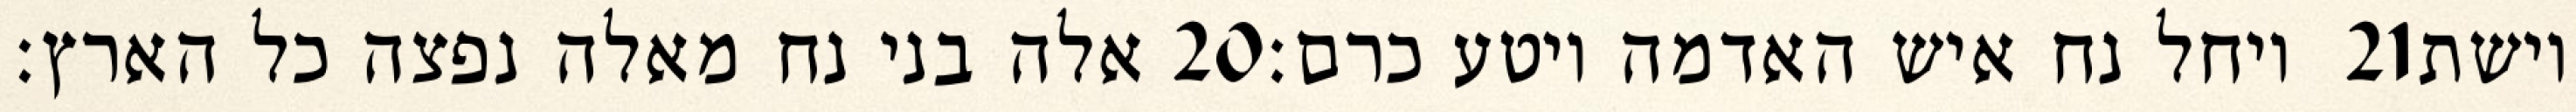
אלה בני נח מאלה נפצה כל הארץ׃ ‎20‏ ויחל נח איש האדמה ויטע כרם׃ ‎21‏ וישת